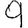
Digit: 9